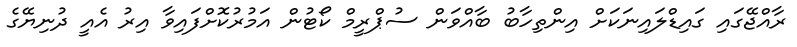
ރާއްޖޭގައި ގައިޑްލައިނަކަށް އިންތިހާބު ބާއްވަން ސުޕްރީމް ކޯޓުން އަމުރުކޮށްފައިވާ އިރު އެއީ ދުނިޔޭގެ